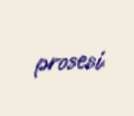
prosesi.